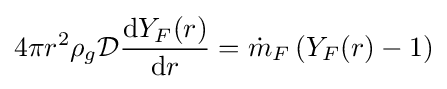
4\pi r^{2}\rho _{g}{\mathcal {D}}{\frac {\mathrm {d} Y_{F}(r)}{\mathrm {d} r}}={\dot {m}}_{F}\left(Y_{F}(r)-1\right)